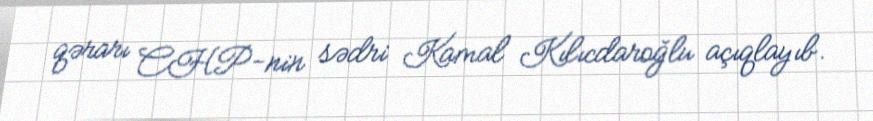
qərarı CHP-nin sədri Kamal Kılıcdaroğlu açıqlayıb.